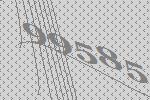
99585